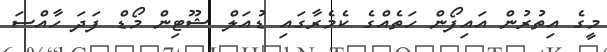
މީގެ އިތުރުން އައިފޯން ހަތެއްގެ ކެމެރާގައި ޑުއަލް ޝޫޓިން މޯޑް ފަދަ ހާއްސަ